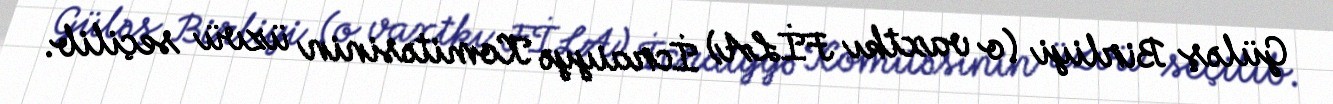
Güləş Birliyi (o vaxtkı FİLA) İcraiyyə Komitəsinin üzvü seçilib.